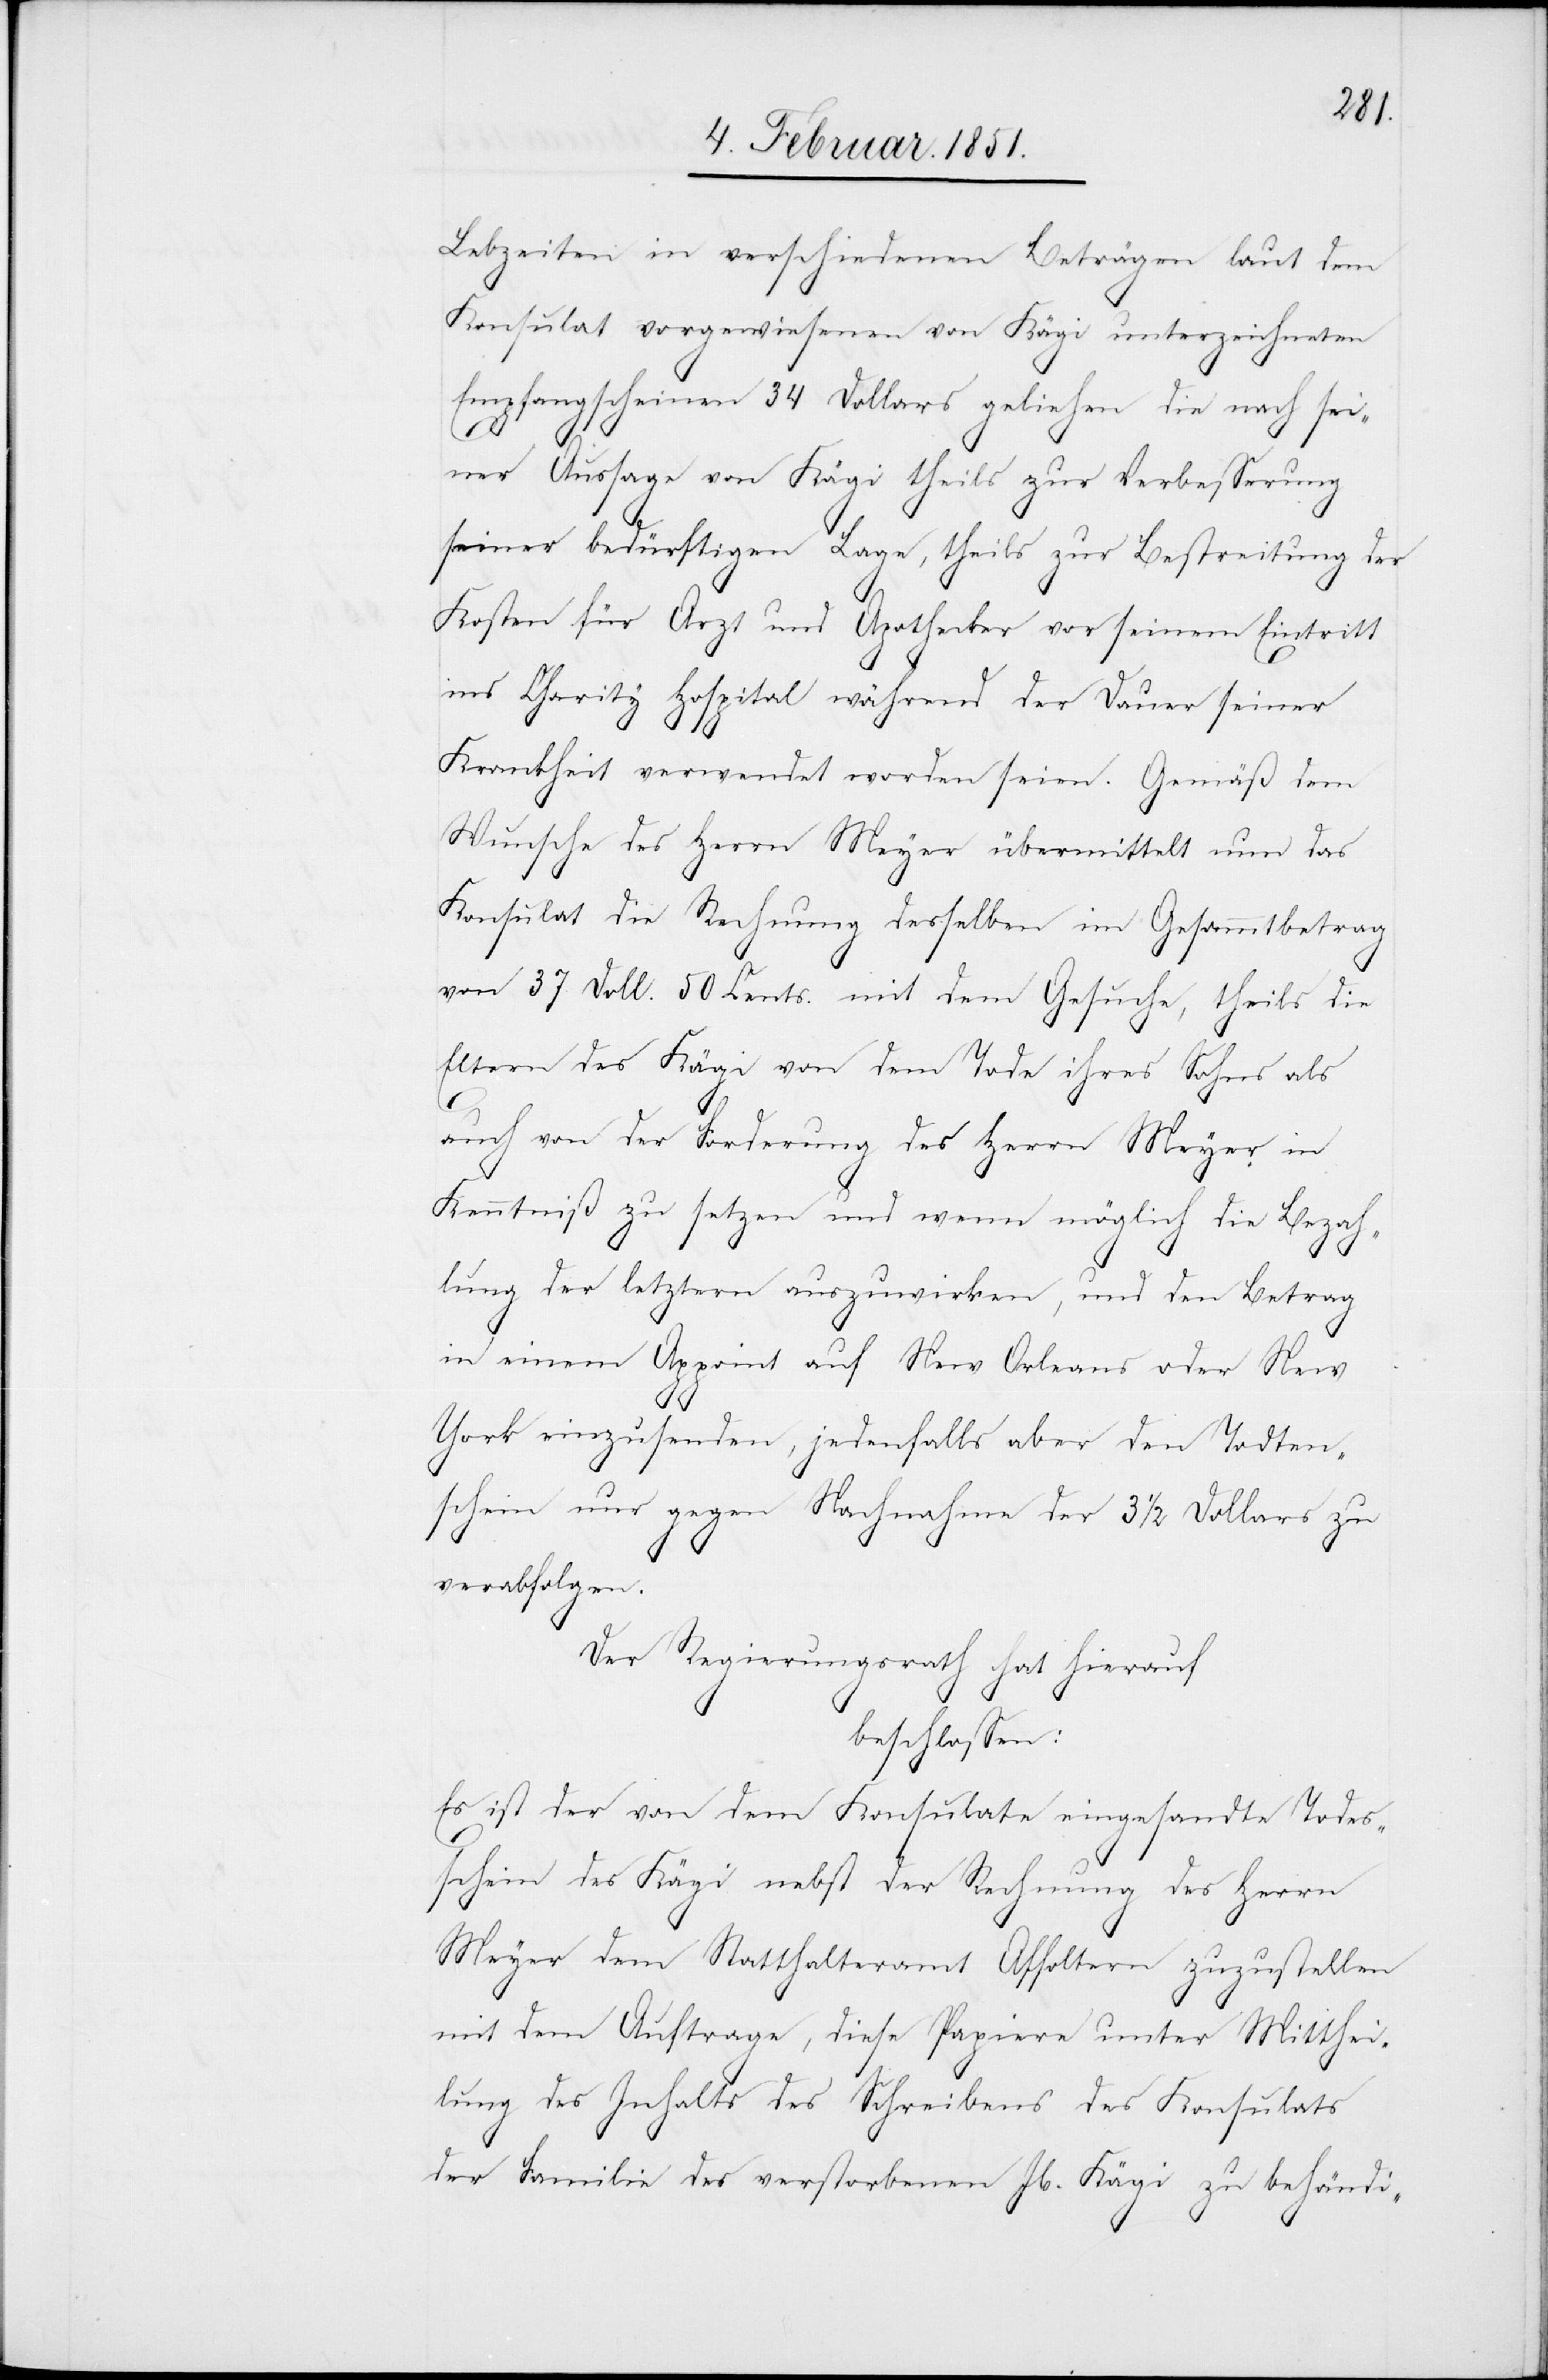
Lebzeiten in verschiedenen Beträgen laut dem
Konsulat vorgewiesenen von Kägi unterzeichneten
Empfangscheinen 34 Dollars geliehen die nach sei¬
ner Aussage von Kägi theils zur Verbesserung
seiner bedürftigen Lage, theils zur Bestreitung der
Kosten für Arzt und Apothecker [sic!] vor seinem Eintritt
ins Charity Hospital während der Dauer seiner
Krankheit verwendet worden seien. Gemäß dem
Wunsche des Herrn Meyer übermittelt nun das
Konsulat die Rechnung desselben im Gesammtbetrag
von 37 Doll. 50 Cents. mit dem Gesuche, theils die
Eltern des Kägi von dem Tode ihres Sohns als
auch von der Forderung des Herrn Meyer in
Kenntniß zu setzen und wenn möglich die Bezah¬
lung der letztern auszuwirken, und den Betrag
in einem Appoint auf New Orleans oder New
York einzusenden, jedenfalls aber den Todten¬
schein nur gegen Nachnahme der 3 1/2 Dollars zu
verabfolgen.
Der Regierungsrath hat hierauf
beschlossen:
Es ist der von dem Konsulate eingesandte Todes¬
schein des Kägi nebst der Rechnung des Herrn
Meyer dem Statthalteramt Affoltern zuzustellen
mit dem Auftrage, diese Papiere unter Mitthei¬
lung des Inhalts des Schreibens des Konsulats
der Familie des verstorbenen Jb. [recte: Kaspar]